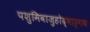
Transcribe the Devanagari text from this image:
पशुमिवाजुहोद्भार्गवः